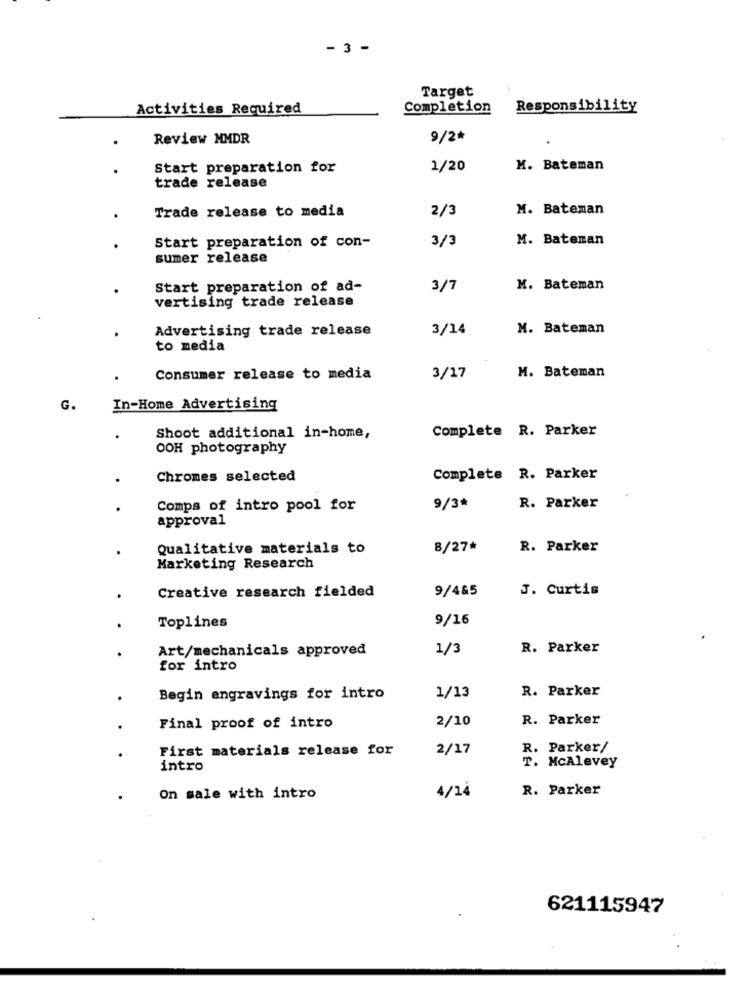
- 3 -
Target
Activities Required
Completion
Responsibility
Review MMDR
9/2*
Start preparation for
1/20
M. Bateman
trade release
Trade release to media
2/3
M. Bateman
Start preparation of con-
3/3
M. Batenan
sumer release
Start preparation of ad-
3/7
M. Bateman
vertising trade release
Advertising trade release
3/14
M. Bateman
to media
M. Bateman
Consumer release to media
3/17
G.
In-Home Advertising
Complete R. Parker
Shoot additional in-home,
OOH photography
Chromes selected
Complete R. Parker
Comps of intro pool for
9/3*
R. Parker
approval
Qualitative materials to
8/27*
R. Parker
Marketing Research
Creative research fielded
9/4&5
J. Curtis
Toplines
9/16
Art/mechanicals approved
1/3
R. Parker
for intro
1/13
R. Parker
Begin engravings for intro
2/10
R. Parker
Final proof of intro
First materials release for
2/17
R. Parker/
intro
T. McAlevey
4/14
R. Parker
On sale with intro
621115947